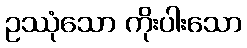
ဥဿုံသော ကိုးပါးသော